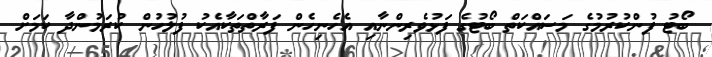
ބޯޓު ފުންކުރުމުގެ މަސައްކަތް ބޯޓުގެ ފަޅުވެރިންނާއި އެހެނިހެން ފަރާތްތަކާއެކު ފުލުހުން ކުރަމުންދާ ކަމަށް